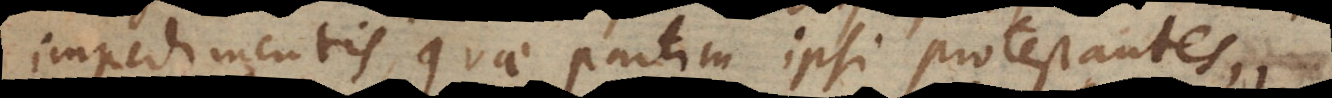
impedimentis, quae partim ipsi protestantes,